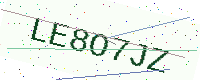
Text: LE8O7JZ